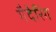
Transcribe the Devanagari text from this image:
गैदेरिंग